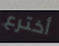
أخترع